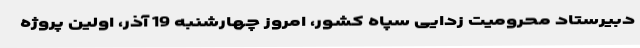
دبیرستاد محرومیت زدایی سپاه کشور، امروز چهارشنبه 19 آذر، اولین پروژه